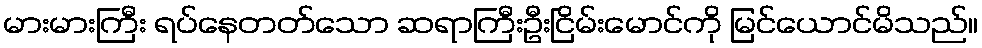
မားမားကြီး ရပ်နေတတ်သော ဆရာကြီးဦးငြိမ်းမောင်ကို မြင်ယောင်မိသည်။